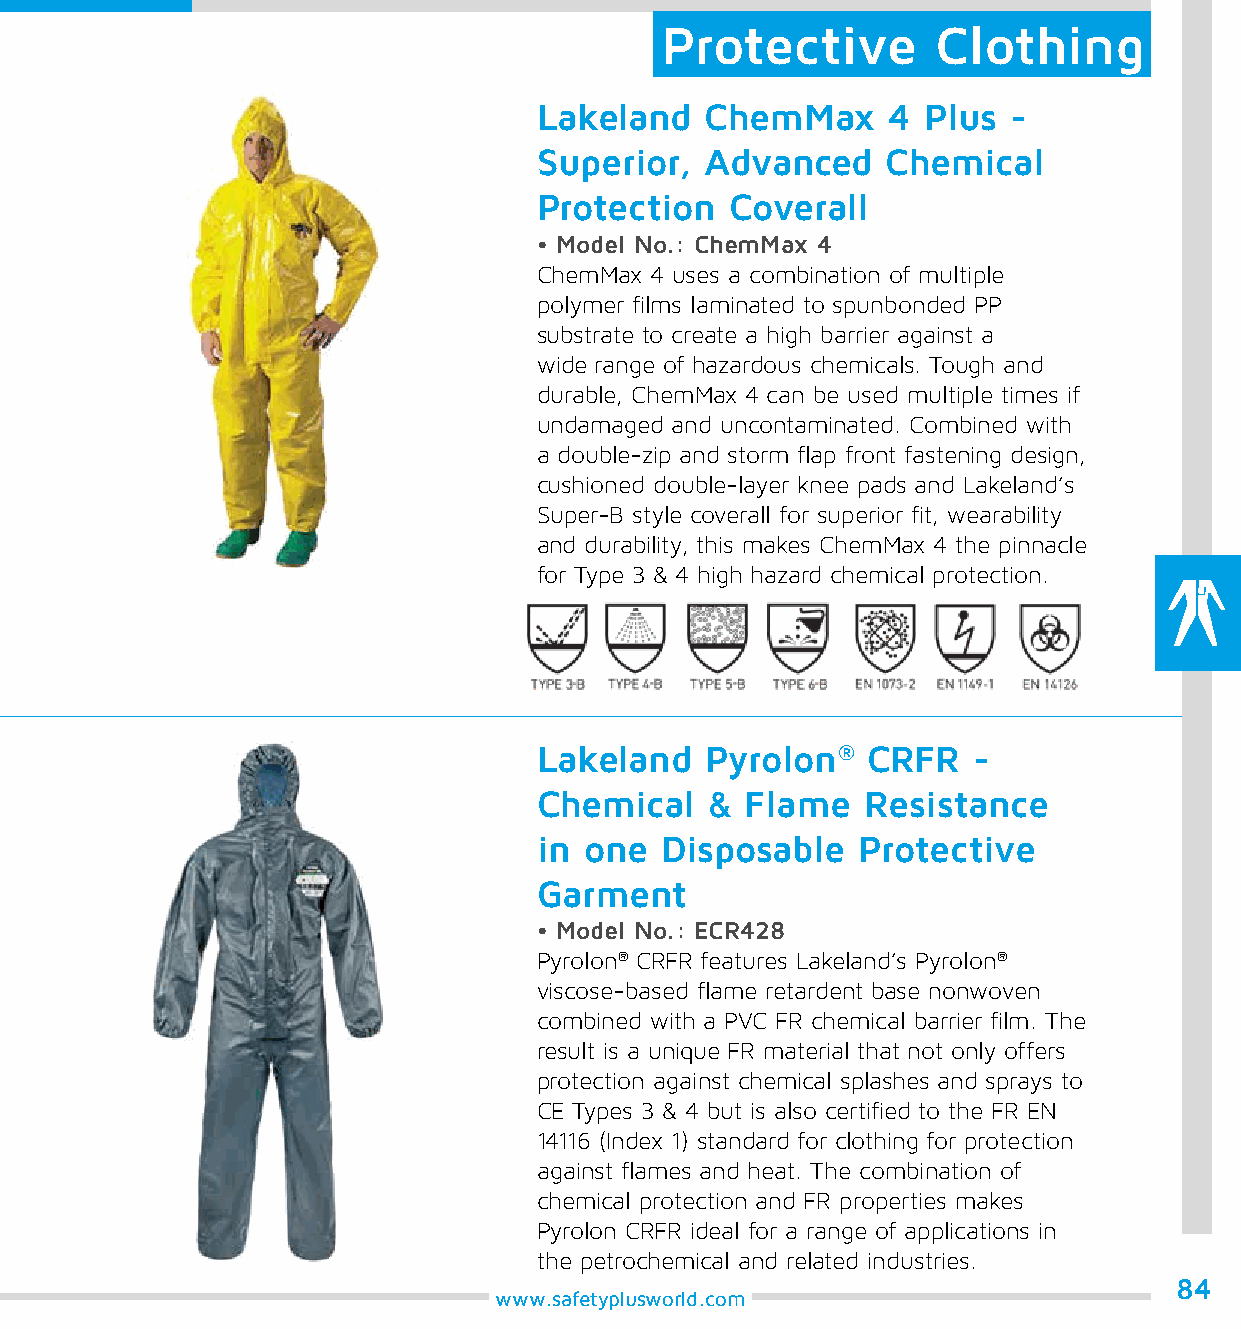
Protective        Clothing
 Lakeland   ChemMax     4 Plus  -
 Superior,  Advanced    Chemical
 Protection  Coverall
 • Model No.: ChemMax 4
 ChemMax 4 uses a combination of multiple
 polymer films laminated to spunbonded PP
 substrate to create a high barrier against a
 wide range of hazardous chemicals. Tough and
 durable, ChemMax 4 can be used multiple times if
 undamaged and uncontaminated. Combined with
 a double-zip and storm flap front fastening design,
 cushioned double-layer knee pads and Lakeland’s
 Super-B style coverall for superior fit, wearability
 and durability, this makes ChemMax 4 the pinnacle
 for Type 3 & 4 high hazard chemical protection.
 Lakeland   Pyrolon®  CRFR   -
 Chemical   & Flame   Resistance
 in one  Disposable   Protective
 Garment
 • Model No.: ECR428
 Pyrolon® CRFR features Lakeland’s Pyrolon®
 viscose-based flame retardent base nonwoven
 combined with a PVC FR chemical barrier film. The
 result is a unique FR material that not only offers
 protection against chemical splashes and sprays to
 CE Types 3 & 4 but is also certified to the FR EN
 14116 (Index 1) standard for clothing for protection
 against flames and heat. The combination of
 chemical protection and FR properties makes
 Pyrolon CRFR ideal for a range of applications in
 the petrochemical and related industries.
 84
 www.safetyplusworld.com